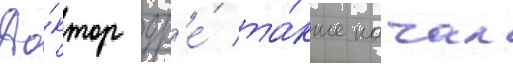
До́ктор др'е́ та́кже начал